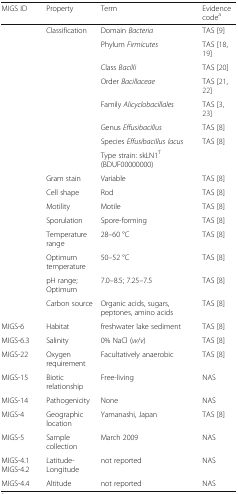
| MIGS ID | Property | Term | Evidence codea |
 | --- | --- | --- | --- |
 |  | Classification | Domain Bacteria | TAS [9] |
 |  |  | Phylum Firmicutes | TAS [18, 19] |
 |  |  | Class Bacilli | TAS [20] |
 |  |  | Order Bacillaceae | TAS [21, 22] |
 |  |  | Family Alicyclobacillales | TAS [3, 23] |
 |  |  | Genus Effusibacillus | TAS [8] |
 |  |  | Species Effusibacillus lacus | TAS [8] |
 |  |  | Type strain: skLN1T (BDUF00000000) |  |
 |  | Gram stain | Variable | TAS [8] |
 |  | Cell shape | Rod | TAS [8] |
 |  | Motility | Motile | TAS [8] |
 |  | Sporulation | Spore-forming | TAS [8] |
 |  | Temperature range | 28–60 °C | TAS [8] |
 |  | Optimum temperature | 50–52 °C | TAS [8] |
 |  | pH range; Optimum | 7.0–8.5; 7.25–7.5 | TAS [8] |
 |  | Carbon source | Organic acids, sugars, peptones, amino acids | TAS [8] |
 | MIGS-6 | Habitat | freshwater lake sediment | TAS [8] |
 | MIGS-6.3 | Salinity | 0% NaCl (w/v) | TAS [8] |
 | MIGS-22 | Oxygen requirement | Facultatively anaerobic | TAS [8] |
 | MIGS-15 | Biotic relationship | Free-living | NAS |
 | MIGS-14 | Pathogenicity | None | NAS |
 | MIGS-4 | Geographic location | Yamanashi, Japan | TAS [8] |
 | MIGS-5 | Sample collection | March 2009 | NAS |
 | MIGS-4.1 MIGS-4.2 | Latitude-Longitude | not reported | NAS |
 | MIGS-4.4 | Altitude | not reported | NAS |